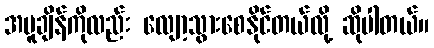
အပူချိန်ကိုလည်း လျော့သွားစေနိုင်တယ်လို့ ဆိုပါတယ်။